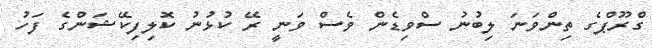
ގްރޫޕްގެ ތިންވަނަ ލިބުނު ސްވިޑެން ވެސް ވަނީ ރޭ ކުޅުނު ކޮލިފިކޭޝަންގެ ފަހު